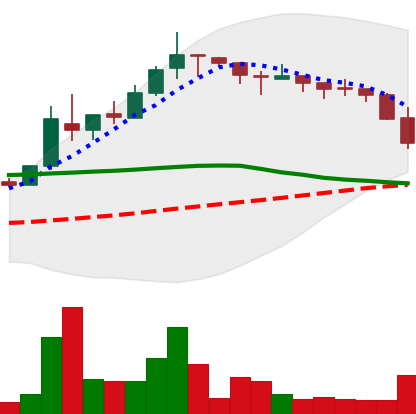
Ticker: TRX-USD
Chart end date: 2018-05-11
Forward return: 9.132%
Label: up_7plus